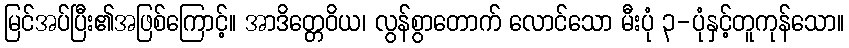
မြင်အပ်ပြီး၏အဖြစ်ကြောင့်။ အာဒိတ္တေဝိယ၊ လွန်စွာတောက် လောင်သော မီးပုံ ၃-ပုံနှင့်တူကုန်သော။